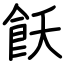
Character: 飫